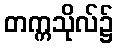
တက္ကသိုလ်၌